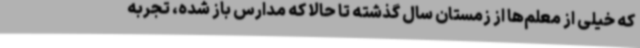
که خیلی از معلم‌ها از زمستان سال گذشته تا حالا که مدارس باز شده، تجربه